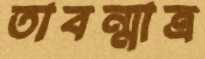
তাবন্মাত্র